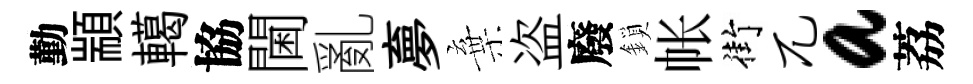
勤顓轕協閫亂夣棄盗廢鎖帐街兀a荔